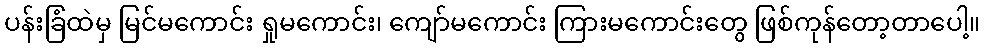
ပန်းခြံထဲမှ မြင်မကောင်း ရှုမကောင်း၊ ကျော်မကောင်း ကြားမကောင်းတွေ ဖြစ်ကုန်တော့တာပေါ့။